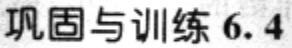
巩固与训练 6.4